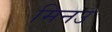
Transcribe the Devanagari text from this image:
मिनउ